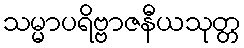
သမ္မာပရိဗ္ဗာဇနီယသုတ္တ